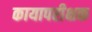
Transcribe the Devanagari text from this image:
कायापरीक्षक